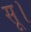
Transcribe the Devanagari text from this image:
सू।